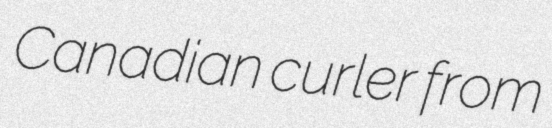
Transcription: Canadian curler from